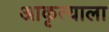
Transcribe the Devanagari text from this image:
आकृत्याला